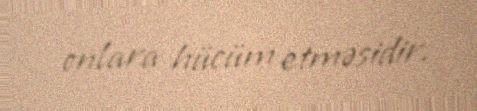
onlara hücüm etməsidir.